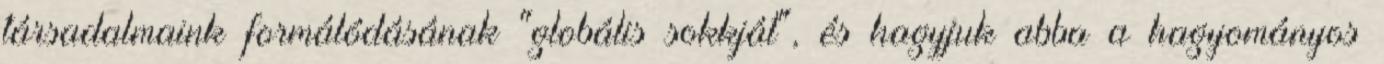
társadalmaink formálódásának "globális sokkját", és hagyjuk abba a hagyományos